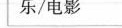
乐/电影